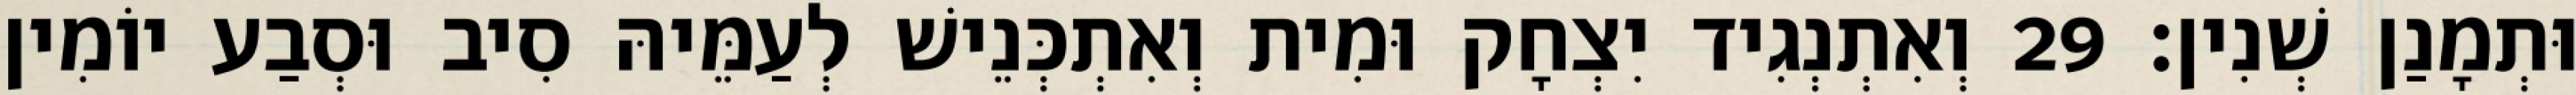
וּתְמָנַן שְׁנִין׃ 29 וְאִתְנְגִיד יִצְחָק וּמִית וְאִתְכְּנֵישׁ לְעַמֵּיהּ סִיב וּסְבַע יוֹמִין